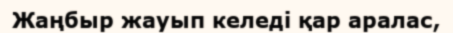
Жаңбыр жауып келедi қар аралас,